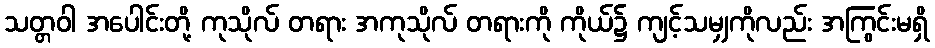
သတ္တဝါ အပေါင်းတို့ ကုသိုလ် တရား အကုသိုလ် တရားကို ကိုယ်၌ ကျင့်သမျှကိုလည်း အကြွင်းမရှိ